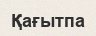
Қағытпа